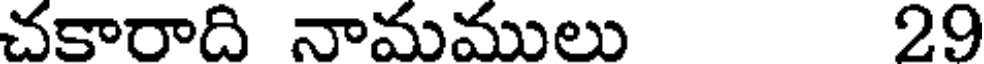
చకారాది నామములు 29